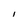
Character: l